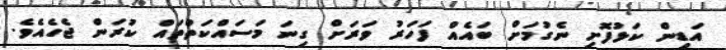
އަޑިން ކަޅުފޮށި ނެގުމަށް ބައެއް ފަހަރު ވަރަށް ގިނަ މަސައްކަތްތައް ކުރަން ޖެހެއެވެ.